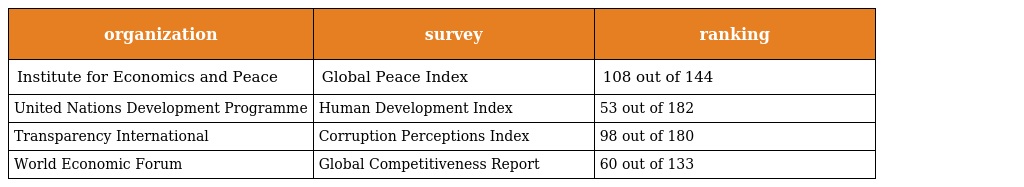
| organization | survey | ranking |
 | --- | --- | --- |
 | Institute for Economics and Peace | Global Peace Index | 108 out of 144 |
 | United Nations Development Programme | Human Development Index | 53 out of 182 |
 | Transparency International | Corruption Perceptions Index | 98 out of 180 |
 | World Economic Forum | Global Competitiveness Report | 60 out of 133 |